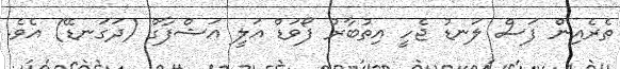
ތެރެއިން ފަސް ލަނޑު ޖެހީ އިތުބާރު ފޯވަޑް އަލީ އަޝްފާގް (ދަގަނޑޭ) އެވެ.